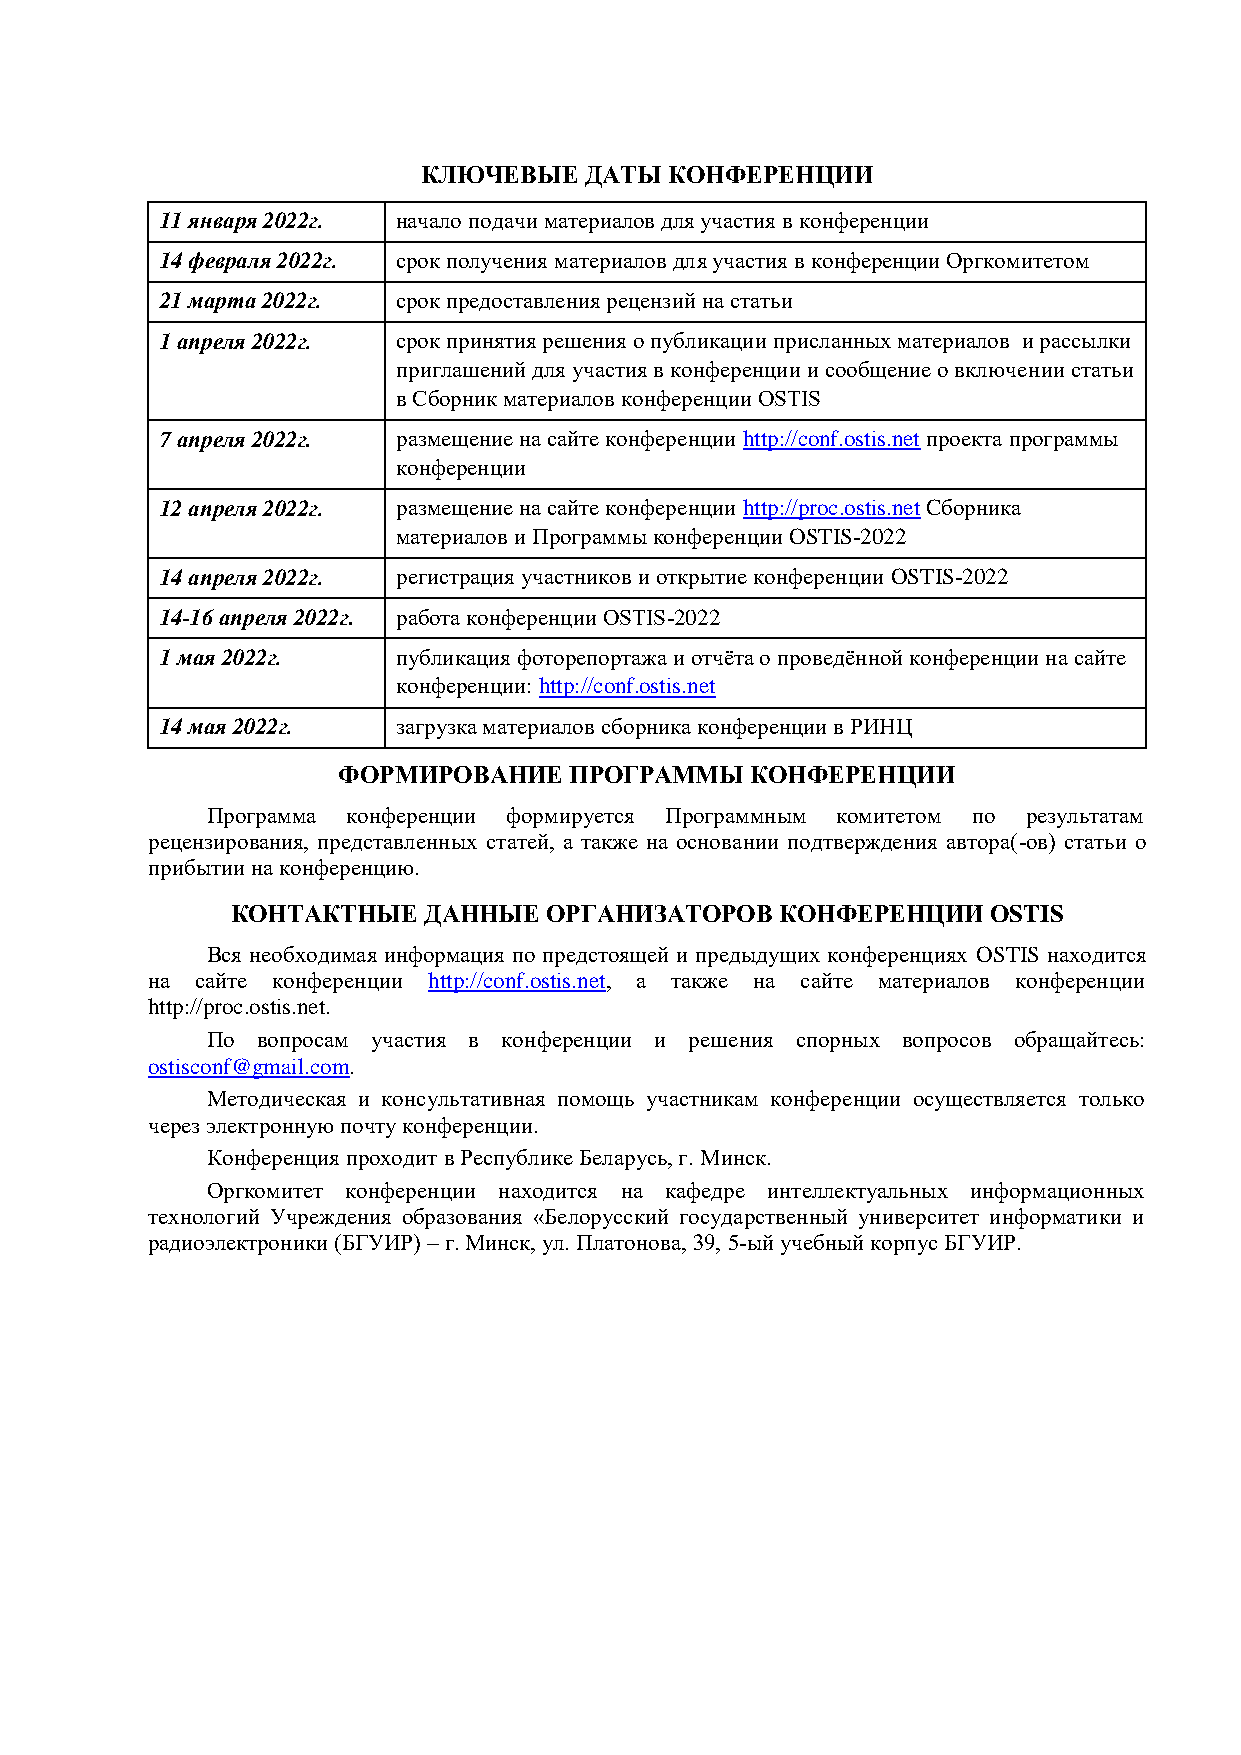
КЛЮЧЕВЫЕ   ДАТЫ КОНФЕРЕНЦИИ
 11 января 2022г. начало подачи материалов для участия в конференции
 14 февраля 2022г. срок получения материалов для участия в конференции Оргкомитетом
 21 марта 2022г. срок предоставления рецензий на статьи
 1 апреля 2022г. срок принятия решения о публикации присланных материалов и рассылки
 приглашений для участия в конференции и сообщение о включении статьи
 в Сборник материалов конференции OSTIS
 7 апреля 2022г. размещение на сайте конференции http://conf.ostis.net проекта программы
 конференции
 12 апреля 2022г. размещение на сайте конференции http://proc.ostis.net Cборника
 материалов и Программы конференции OSTIS-2022
 14 апреля 2022г. регистрация участников и открытие конференции OSTIS-2022
 14-16 апреля 2022г. работа конференции OSTIS-2022
 1 мая 2022г.   публикация фоторепортажа и отчёта о проведённой конференции на сайте
 конференции: http://conf.ostis.net
 14 мая 2022г.  загрузка материалов сборника конференции в РИНЦ
 ФОРМИРОВАНИЕ    ПРОГРАММЫ   КОНФЕРЕНЦИИ
 Программа конференции формируется Программным комитетом по результатам
 рецензирования, представленных статей, а также на основании подтверждения автора(-ов) статьи о
 прибытии на конференцию.
 КОНТАКТНЫЕ   ДАННЫЕ  ОРГАНИЗАТОРОВ   КОНФЕРЕНЦИИ   OSTIS
 Вся необходимая информация по предстоящей и предыдущих конференциях OSTIS находится
 на сайте конференции http://conf.ostis.net, а также на сайте материалов конференции
 http://proc.ostis.net.
 По вопросам участия в конференции и решения спорных вопросов обращайтесь:
 ostisconf@gmail.com.
 Методическая и консультативная помощь участникам конференции осуществляется только
 через электронную почту конференции.
 Конференция проходит в Республике Беларусь, г. Минск.
 Оргкомитет конференции находится на кафедре интеллектуальных информационных
 технологий Учреждения образования «Белорусский государственный университет информатики и
 радиоэлектроники (БГУИР) – г. Минск, ул. Платонова, 39, 5-ый учебный корпус БГУИР.